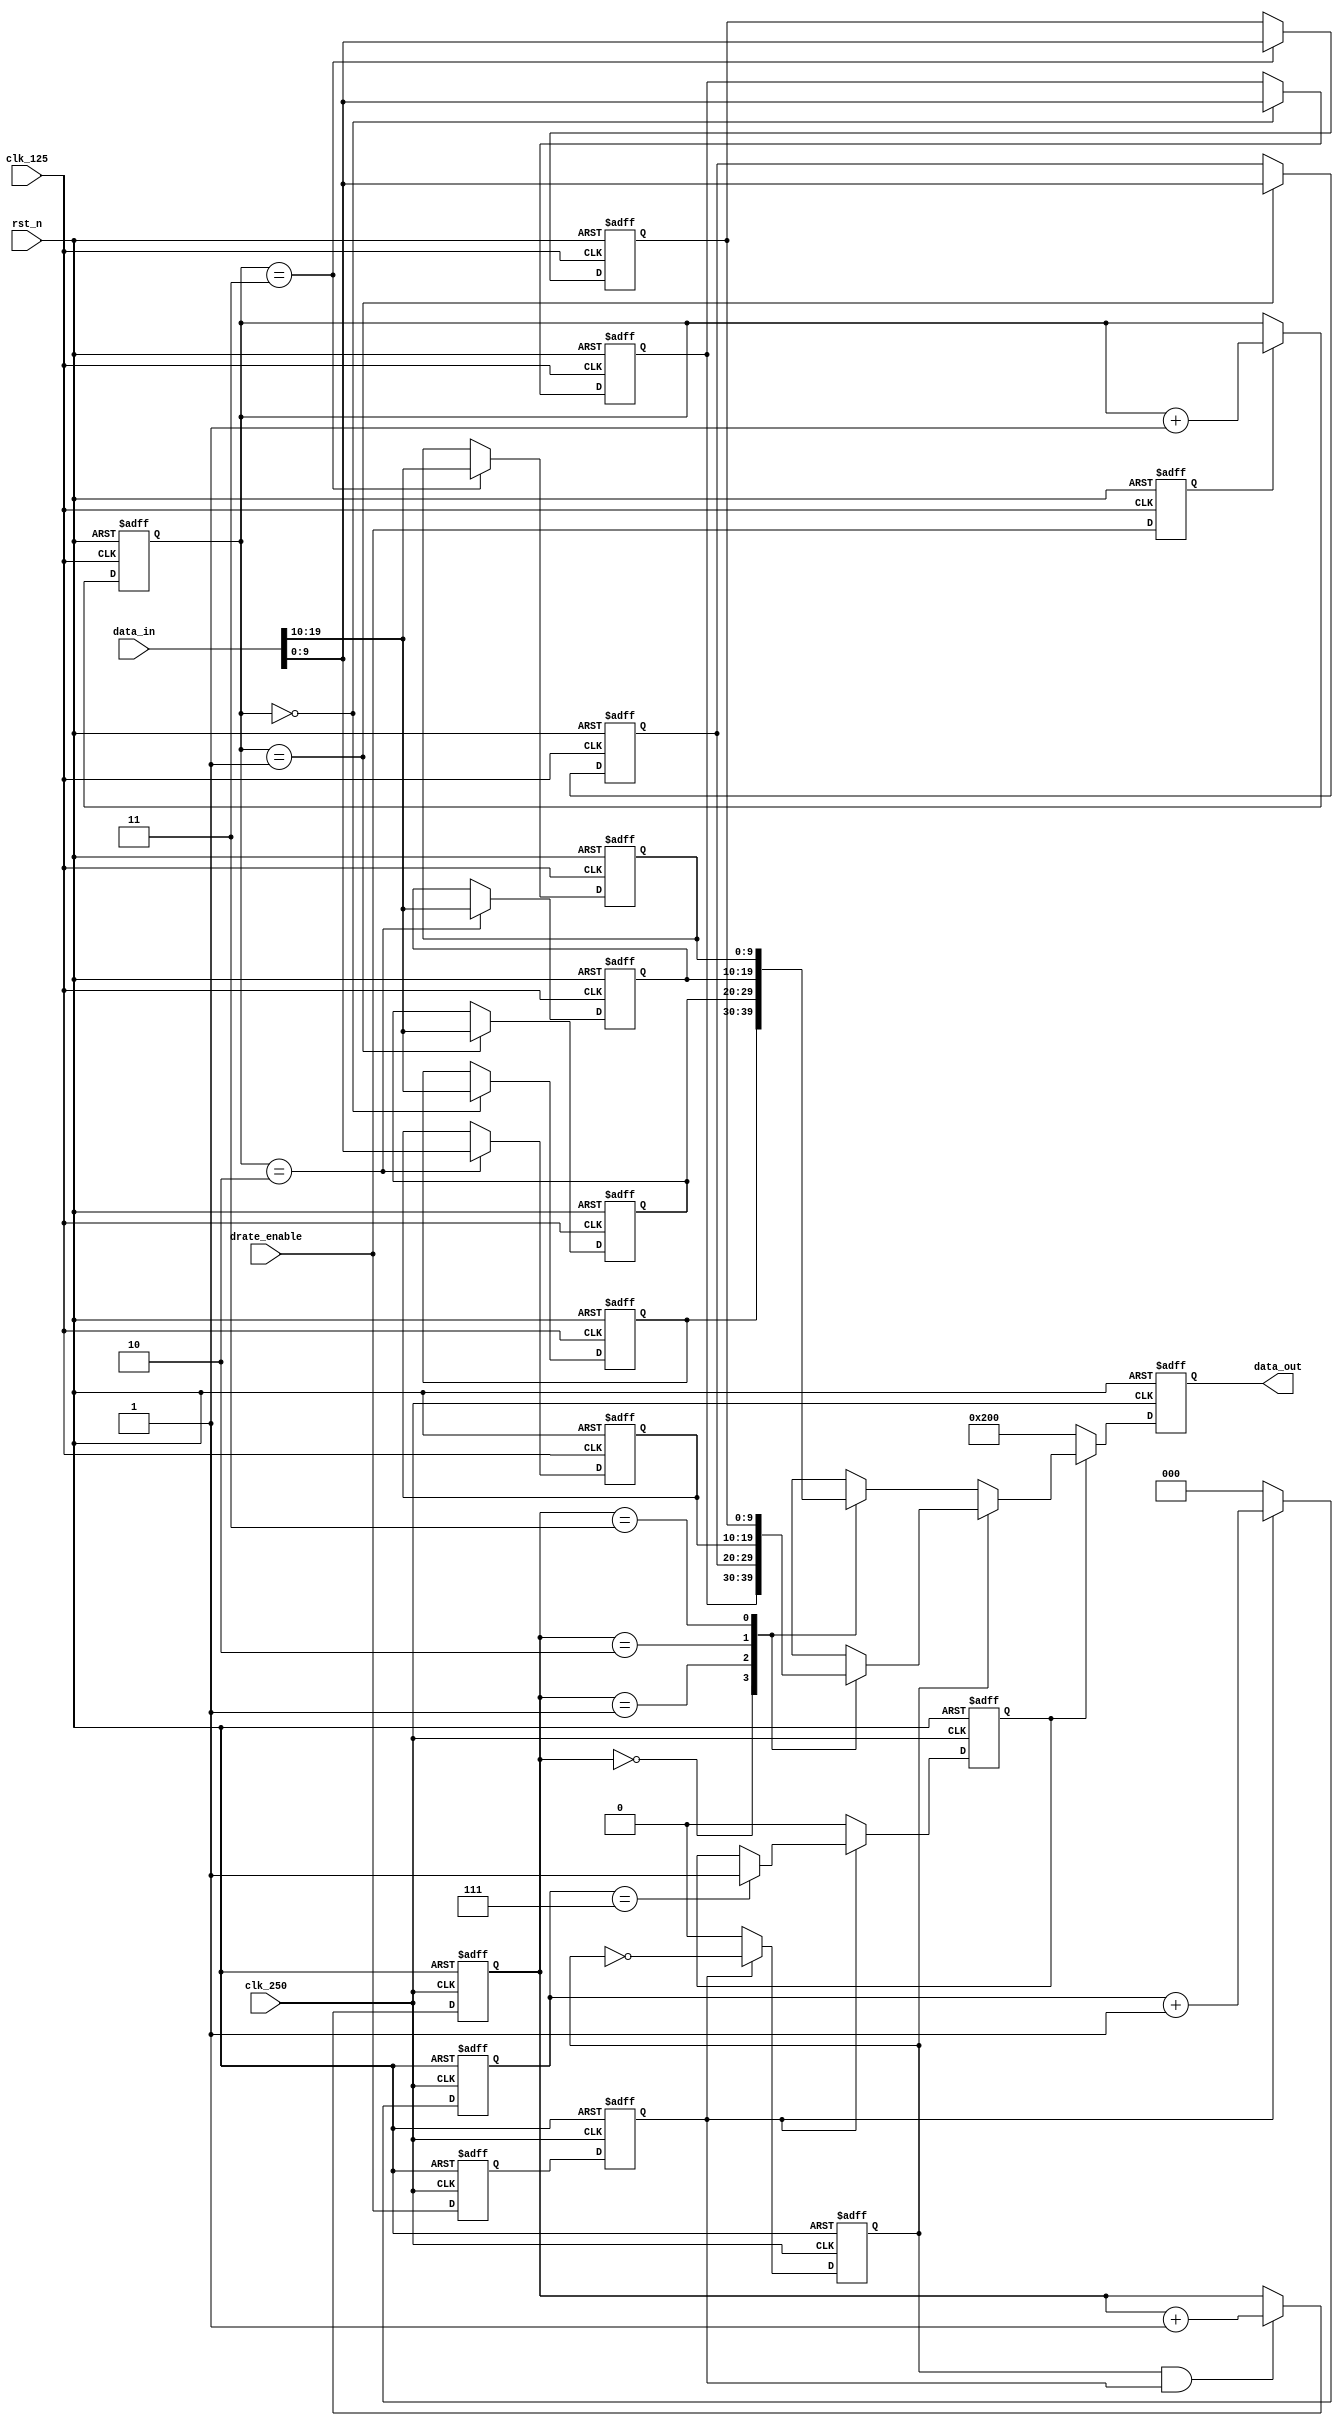
module tx_gear #(
                parameter GWIDTH = 20
                ) 
   (
   input wire                clk_125 ,    
   input wire                clk_250 ,    
   input wire                rst_n ,      
   input wire                drate_enable,  
   input wire [GWIDTH-1:0]   data_in ,    
   output reg [GWIDTH/2-1:0] data_out     
   );
reg [1:0]                 wr_pntr;    
reg [1:0]                 rd_pntr;    
reg                       rd_en;      
wire [GWIDTH/2-1:0]       rd_data0;   
wire [GWIDTH/2-1:0]       rd_data1;   
integer                   i;
integer                   j;
reg [GWIDTH/2-1:0]        rf_0[0:3] ;
reg [GWIDTH/2-1:0]        rf_1[0:3] ;
reg                       drate_f0 ;
reg                       drate_f1 ;
reg                       drate_s0;
reg                       rd_enable;
reg[2:0]                  rd_cnt;
always @(posedge clk_250, negedge rst_n) begin 
   if (!rst_n) begin
      drate_f0 <= 1'b0;
      drate_f1 <= 1'b0;
   end
   else begin
      drate_f0 <= drate_enable;
      drate_f1 <= drate_f0;
   end
end
always @(posedge clk_125, negedge rst_n) begin 
   if (!rst_n)
      drate_s0 <= 1'b0;
   else 
      drate_s0 <= drate_enable;
end
always @(posedge clk_125, negedge rst_n) begin 
   if (!rst_n)
      wr_pntr <= 2'b00;
   else if(drate_s0)
      wr_pntr <= wr_pntr + 2'b01;
   else
      wr_pntr <= wr_pntr;
end
always @(posedge clk_250, negedge rst_n) begin 
   if (!rst_n)
      rd_en <= 1'b0;
   else if(~drate_f1)
      rd_en <= 1'b0;
   else
      rd_en <= ~rd_en;
end
always @(posedge clk_250, negedge rst_n) begin 
   if (!rst_n)
      rd_pntr <= 2'b10;
   else if (rd_en & drate_f1)
      rd_pntr <= rd_pntr + 2'b01;
end
always @(posedge clk_250, negedge rst_n) begin 
   if (!rst_n)
      data_out <= 0;
   else begin
      if(rd_enable) 
         data_out <= rd_en ? rd_data0 : rd_data1;
      else
         data_out <= 10'b1000000000; 
   end
end
always @(posedge clk_125, negedge rst_n) begin 
   if (!rst_n)
      for (i=0;i<=3;i=i+1) 
         rf_0[i] <= 0;
   else 
      rf_0[wr_pntr] <= data_in[GWIDTH/2-1:0] ;
end
assign rd_data0 = rf_0[rd_pntr] ;
always @(posedge clk_125, negedge rst_n) begin 
   if (!rst_n)
      for (j=0;j<=3;j=j+1) 
         rf_1[j] <= 0;
   else 
      rf_1[wr_pntr] <= data_in[GWIDTH-1:GWIDTH/2] ;
end
assign rd_data1 = rf_1[rd_pntr] ;
always @(posedge clk_250, negedge rst_n) begin 
   if (!rst_n) begin
      rd_cnt    <= 3'b000;
      rd_enable <= 1'b0;
   end
   else begin
      if(drate_f1)
         rd_cnt <= rd_cnt + 3'b001;
      else
         rd_cnt <= 3'b000;
      if(~drate_f1)
         rd_enable <= 1'b0;
      else if(rd_cnt == 3'b111) 
         rd_enable <= 1'b1;
   end
end
endmodule